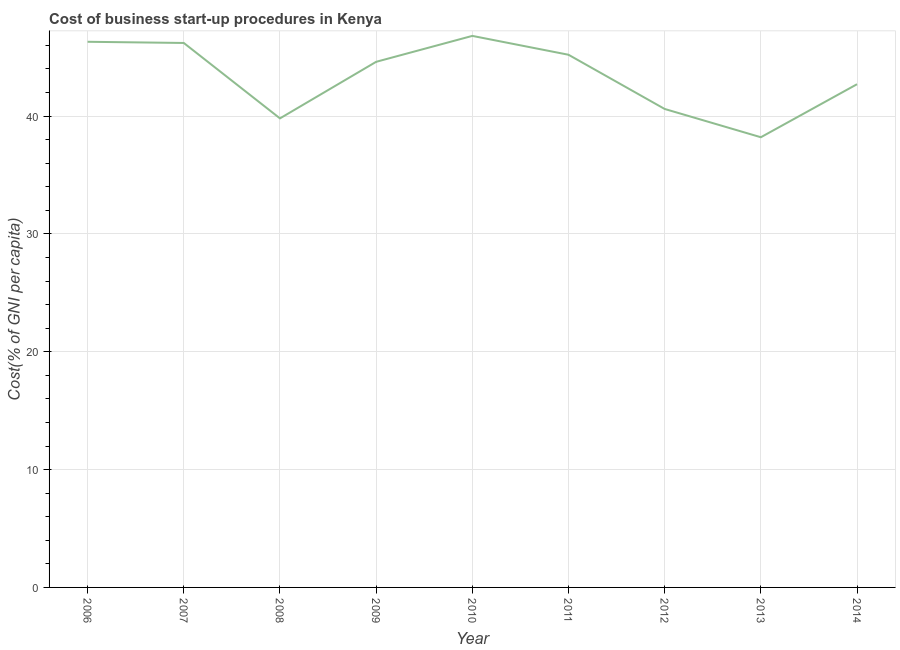
| Year | Cost |
 | --- | --- |
 | 2006 | 46.3 |
 | 2007 | 46.2 |
 | 2008 | 39.8 |
 | 2009 | 44.6 |
 | 2010 | 46.8 |
 | 2011 | 45.2 |
 | 2012 | 40.6 |
 | 2013 | 38.2 |
 | 2014 | 42.7 |